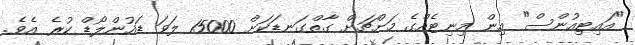
"އައިޓިއުންސް" އިން މިނިޓެއްގެ މަށްޗަށް ގާތްގަނޑަކަށް 15000 ލަވަ ޑައުންލޯޑް ކުރެ އެވެ.